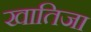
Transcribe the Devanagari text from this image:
खातिजा